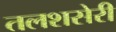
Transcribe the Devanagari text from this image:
तलशसेरी